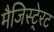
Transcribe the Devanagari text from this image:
मैजिस्टे्रट